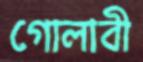
গোলাবী